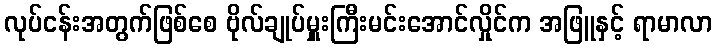
လုပ်ငန်းအတွက်ဖြစ်စေ ဗိုလ်ချုပ်မှူးကြီးမင်းအောင်လှိုင်က အဖြူနှင့် ရာမာလာ